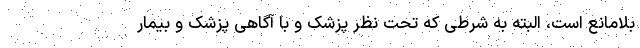
بلامانع است، البته به شرطی که تحت نظر پزشک و با آگاهی پزشک و بیمار